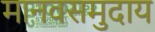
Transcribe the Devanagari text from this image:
मानवसमुदाय